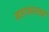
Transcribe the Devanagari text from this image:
महाभारतमें